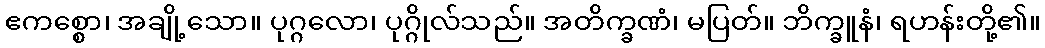
ဧကစ္စော၊ အချို့သော။ ပုဂ္ဂလော၊ ပုဂ္ဂိုလ်သည်။ အတိက္ခဏံ၊ မပြတ်။ ဘိက္ခူနံ၊ ရဟန်းတို့၏။